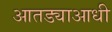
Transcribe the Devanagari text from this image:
आतड्याआधी